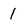
Character: 1